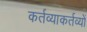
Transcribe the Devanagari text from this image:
कर्तव्याकर्तव्यों